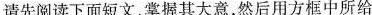
请先阅读下面短文,掌握其大意,然后用方框中所给